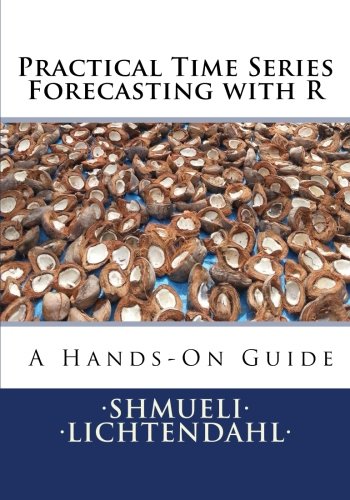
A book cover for Practical Time Series Forecasting with R: A Hands-On Guide; Galit Shmueli; Business & Money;